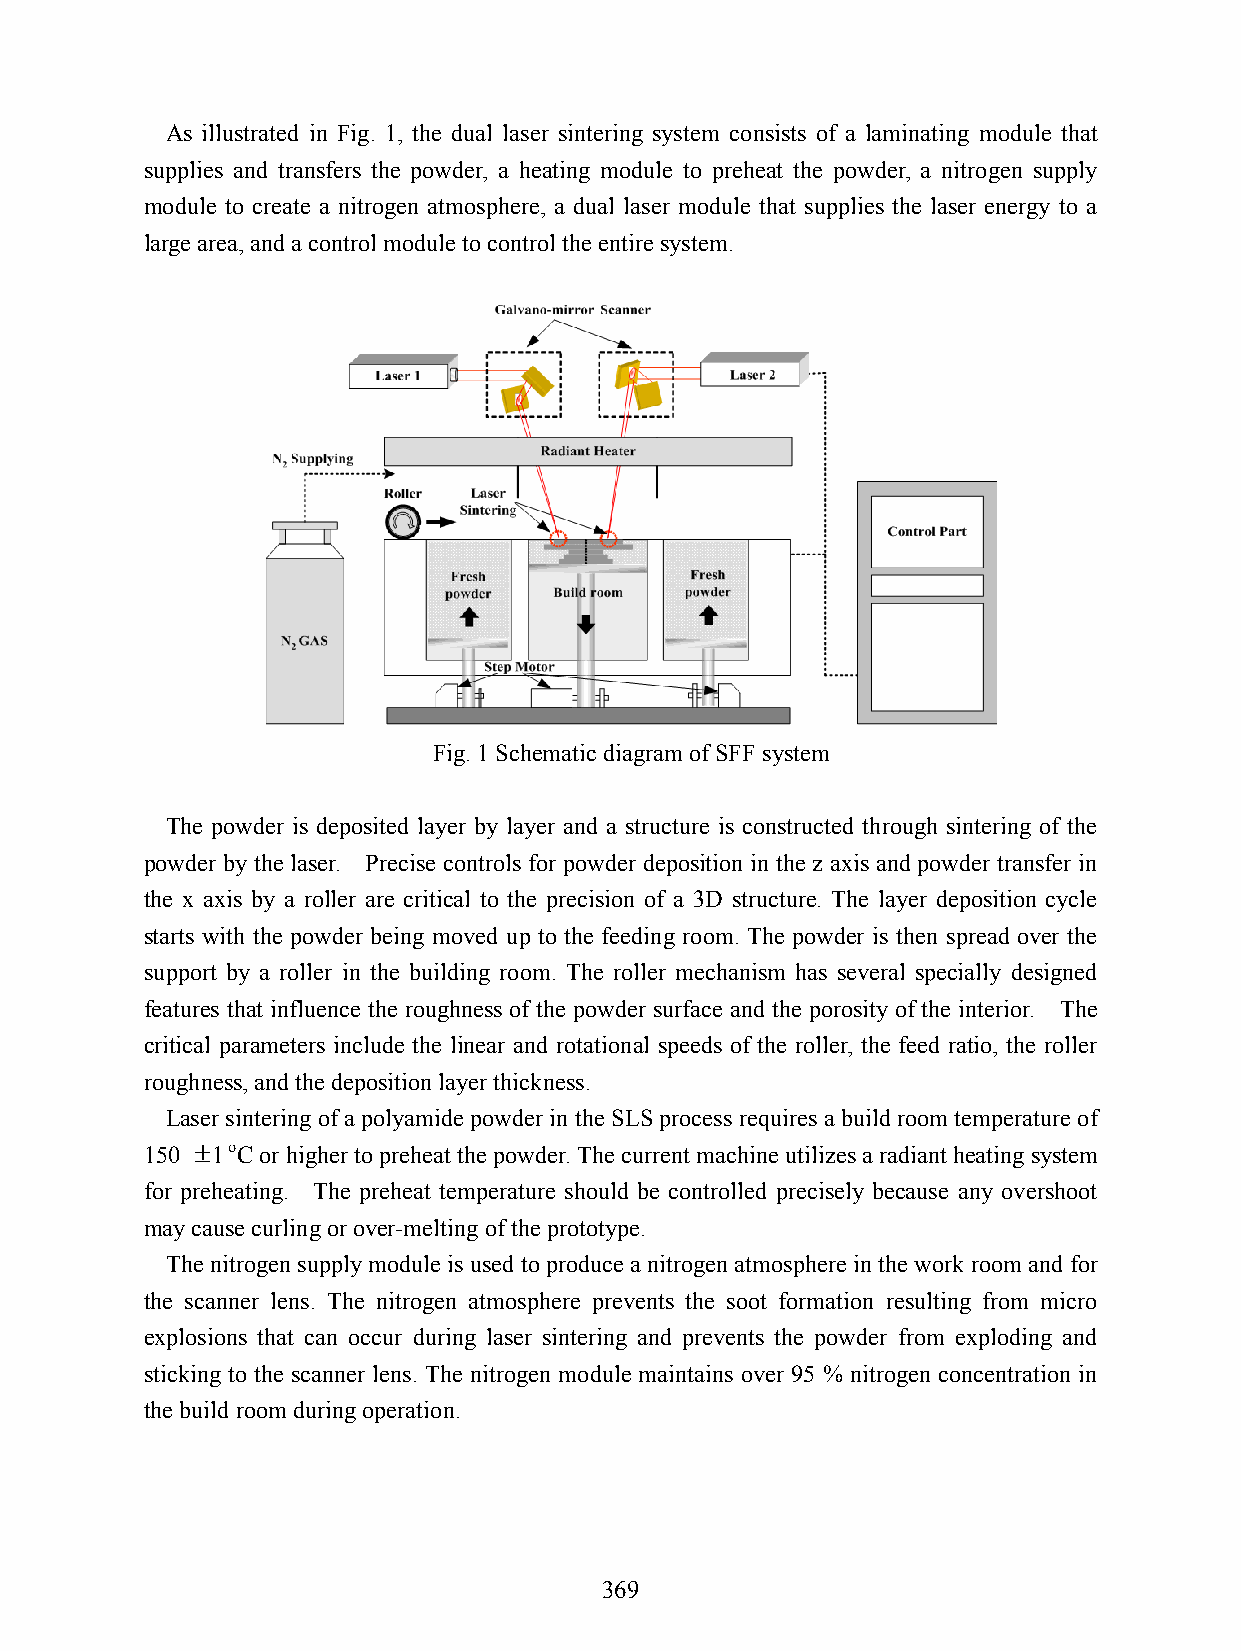
As illustrated in Fig. 1, the dual laser sintering system consists of a laminating module that
 supplies and transfers the powder, a heating module to preheat the powder, a nitrogen supply
 module to create a nitrogen atmosphere, a dual laser module that supplies the laser energy to a
 large area, and a control module to control the entire system.
 Fig. 1 Schematic diagram of SFF system
 The powder is deposited layer by layer and a structure is constructed through sintering of the
 powder by the laser. Precise controls for powder deposition in the z axis and powder transfer in
 the x axis by a roller are critical to the precision of a 3D structure. The layer deposition cycle
 starts with the powder being moved up to the feeding room. The powder is then spread over the
 support by a roller in the building room. The roller mechanism has several specially designed
 features that influence the roughness of the powder surface and the porosity of the interior. The
 critical parameters include the linear and rotational speeds of the roller, the feed ratio, the roller
 roughness, and the deposition layer thickness.
 Laser sintering of a polyamide powder in the SLS process requires a build room temperature of
 150 ±1 oC or higher to preheat the powder. The current machine utilizes a radiant heating system
 for preheating. The preheat temperature should be controlled precisely because any overshoot
 may cause curling or over-melting of the prototype.
 The nitrogen supply module is used to produce a nitrogen atmosphere in the work room and for
 the scanner lens. The nitrogen atmosphere prevents the soot formation resulting from micro
 explosions that can occur during laser sintering and prevents the powder from exploding and
 sticking to the scanner lens. The nitrogen module maintains over 95 % nitrogen concentration in
 the build room during operation.
 369